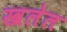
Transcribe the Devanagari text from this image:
खलेल